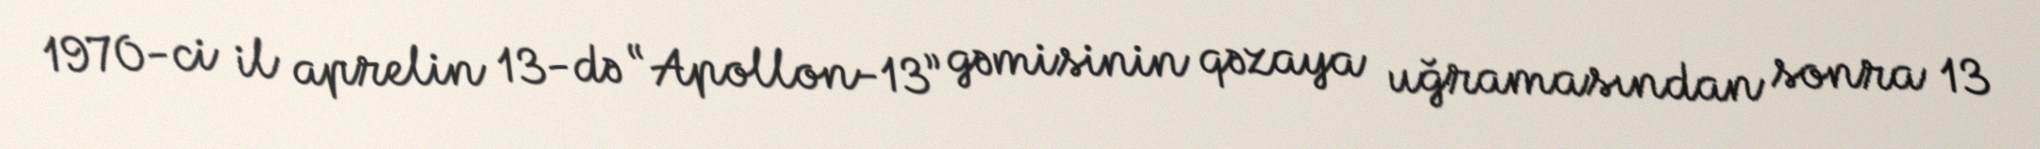
1970-ci il aprelin 13-də “Apollon-13” gəmisinin qəzaya uğramasından sonra 13